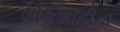
લોકશાહીના